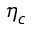
\eta _ { c }